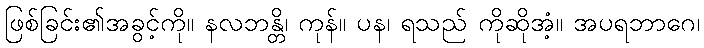
ဖြစ်ခြင်း၏အခွင့်ကို။ နလဘန္တိ၊ ကုန်။ ပန၊ ရသည် ကိုဆိုအံ့။ အပရဘာဂေ၊